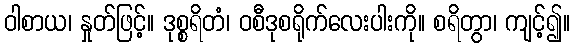
ဝါစာယ၊ နှုတ်ဖြင့်။ ဒုစ္စရိတံ၊ ဝစီဒုစရိုက်လေးပါးကို။ စရိတွာ၊ ကျင့်၍။